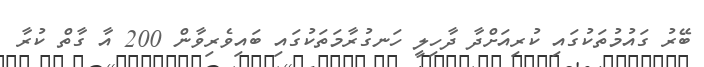
ބޭރު ގައުމުތަކުގައި ކުރިއަށްދާ ދާހިލީ ހަނގުރާމަތަކުގައި ބައިވެރިވާން 200 އާ ގާތް ކުރާ